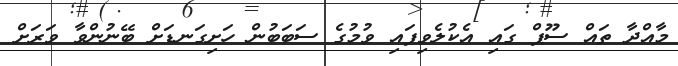
މާއްދާ ތައް ސޫޕް ގައި އެކުލެވިފައި ވުމުގެ ސަބަބުން ހަށިގަނޑަށް ބޭނުންވާ ވަރަށް